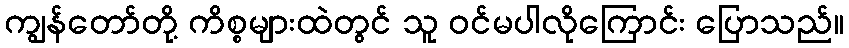
ကျွန်တော်တို့ ကိစ္စများထဲတွင် သူ ဝင်မပါလိုကြောင်း ပြောသည်။